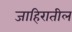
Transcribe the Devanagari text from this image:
जाहिरातील